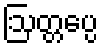
ဩတ္တပ္ပေ